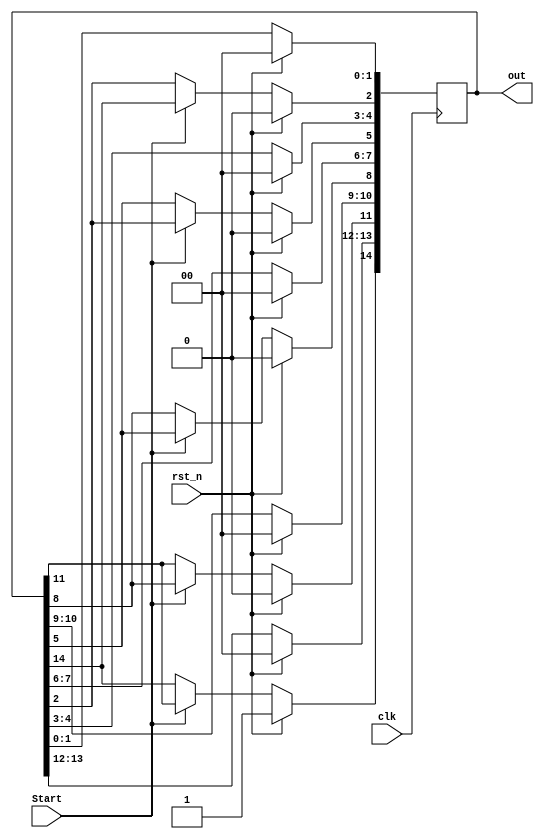
`timescale 1ns / 1ps
//////////////////////////////////////////////////////////////////////////////////
// Company: 
// Engineer: 
// 
// Design Name: 
// Module Name: RingCounterX3_2
// Project Name: 
// Target Devices: 
// Tool Versions: 
// Description: 
// 
// Dependencies: 
// 
// Revision:
// Revision 0.01 - File Created
// Additional Comments:
// 
//////////////////////////////////////////////////////////////////////////////////

module RingCounterX3_2(clk, Start, rst_n, out);

input clk, Start, rst_n;
output reg [14:0] out;

always@(posedge clk) begin
if(rst_n) out=15'b100_0000_0000_0000;
else begin
        if(Start) begin
        out[2] <= out[14];
        out[5] <= out[2];
        out[8] <= out[5];
        out[11] <= out[8];
        out[14] <= out[11];
        end
    end
end
endmodule